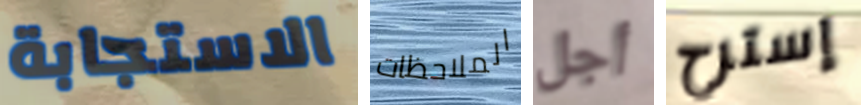
الاستجابة الملاحظات أجل إسترح